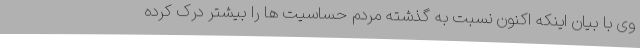
وی با بیان اینکه اکنون نسبت به گذشته مردم حساسیت ها را بیشتر درک کرده